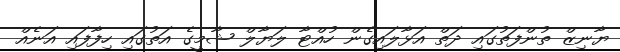
ޔާނިޒް ތުންފަތުގައި ދަތް އަޅާލައިގެން ހުއްޓާ ލަޔާލް ޝާމީގެ އަތުގައި ހިފާފައި އަނެއް